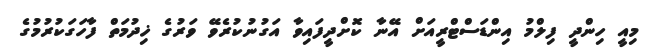
މިއީ ހިންދީ ފިލްމު އިންޑަސްޓްރީއަށް އޭނާ ކޮށްދީފައިވާ އަގުނުކުރެވޭ ވަރުގެ ޚިދުމަތް ފާހަގަކުރުމުގެ